Senior Leaving Certificate Examination (including Day School Certificate (Higher) General paper), 1949
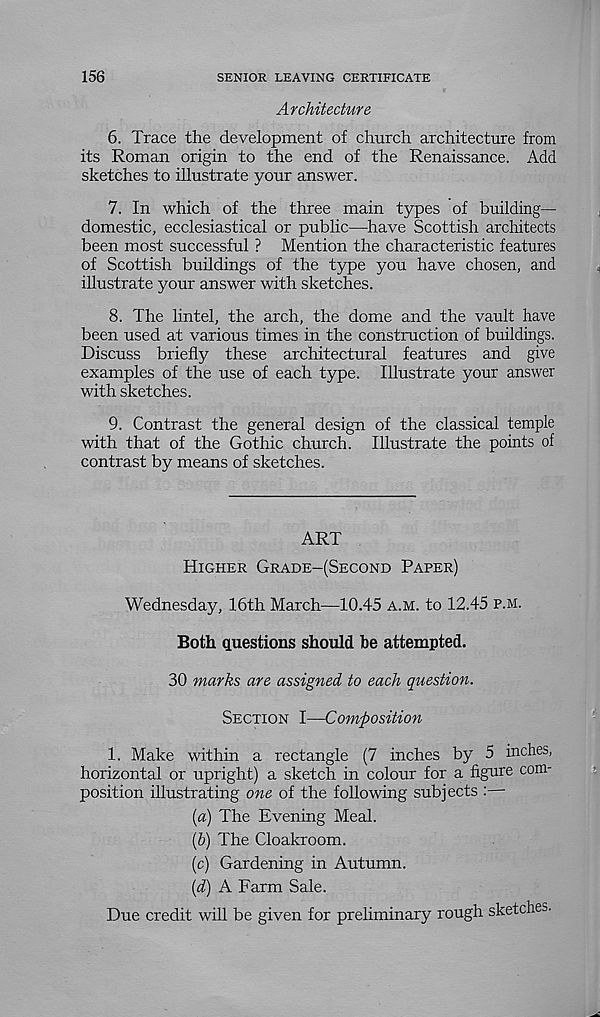
156
SENIOR LEAVING CERTIFICATE
Architecture
6. Trace the development of church architecture from
its Roman origin to the end of the Renaissance. Add
sketches to illustrate your answer.
7. In which of the three main types of building-
domestic, ecclesiastical or public—have Scottish architects
been most successful ? Mention the characteristic features
of Scottish buildings of the type you have chosen, and
illustrate your answer with sketches.
8. The lintel, the arch, the dome and the vault have
been used at various times in the construction of buildings.
Discuss briefly these architectural features and give
examples of the use of each type. Illustrate your answer
with sketches.
9. Contrast the general design of the classical, temple
with that of the Gothic church. Illustrate the points of
contrast by means of sketches.
ART
Higher Grade-(Second Paper)
Wednesday, 16th March—10.45 a.m. to 12.45 p.m.
Both Questions should be attempted.
30 marks are assigned to each question.
Section I—Composition
1. Make within a rectangle (7 inches by 5 inches,
horizontal or upright) a sketch in colour for a figure com-
position illustrating one of the following subjects :—
[а) The Evening Meal.
(б) The Cloakroom.
(c) Gardening in Autumn.
{d) A Farm Sale.
Due credit will be given for preliminary rough sketches.